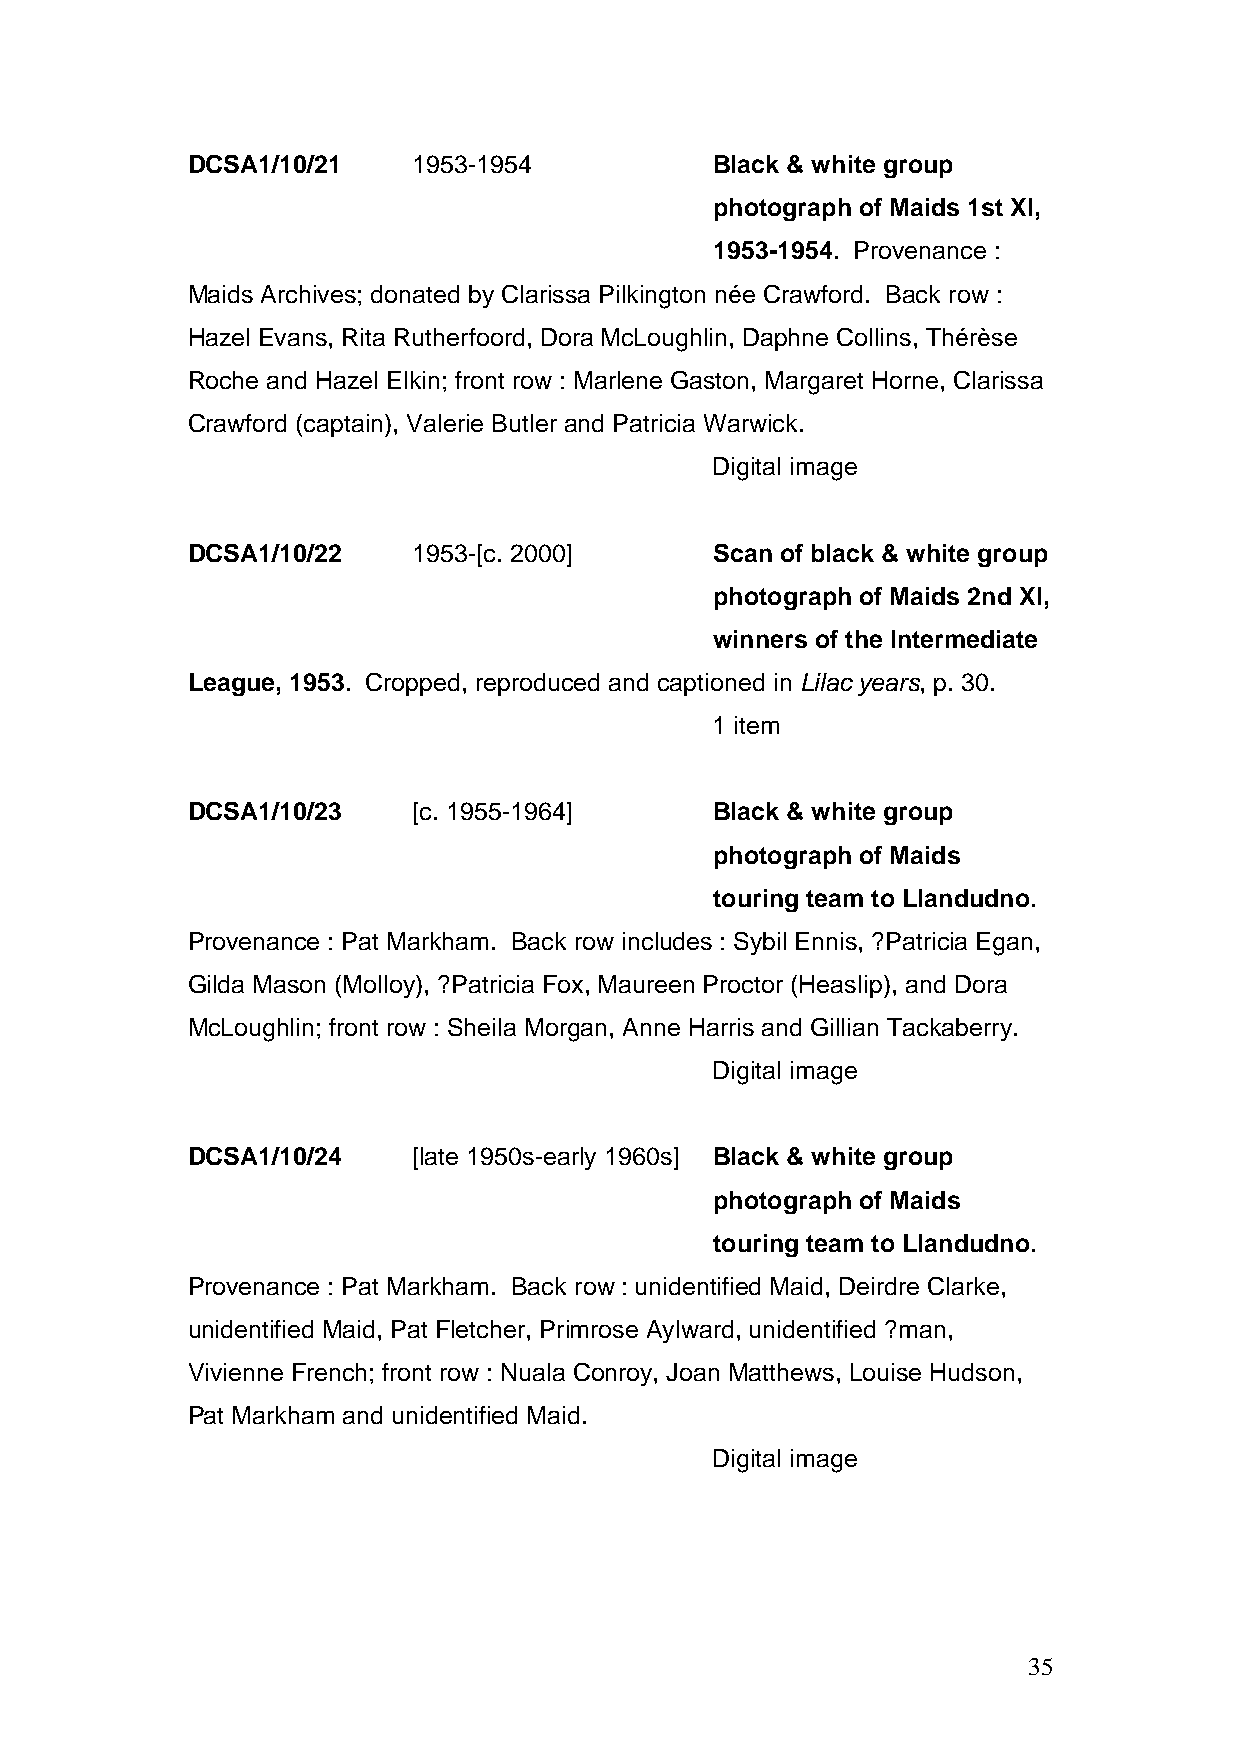
DCSA1/10/21    1953-1954           Black & white group
 photograph of Maids 1st XI,
 1953-1954. Provenance :
 Maids Archives; donated by Clarissa Pilkington née Crawford. Back row :
 Hazel Evans, Rita Rutherfoord, Dora McLoughlin, Daphne Collins, Thérèse
 Roche and Hazel Elkin; front row : Marlene Gaston, Margaret Horne, Clarissa
 Crawford (captain), Valerie Butler and Patricia Warwick.
 Digital image
 DCSA1/10/22    1953-[c. 2000]      Scan of black & white group
 photograph of Maids 2nd XI,
 winners of the Intermediate
 League, 1953. Cropped, reproduced and captioned in Lilac years, p. 30.
 1 item
 DCSA1/10/23    [c. 1955-1964]      Black & white group
 photograph of Maids
 touring team to Llandudno.
 Provenance : Pat Markham. Back row includes : Sybil Ennis, ?Patricia Egan,
 Gilda Mason (Molloy), ?Patricia Fox, Maureen Proctor (Heaslip), and Dora
 McLoughlin; front row : Sheila Morgan, Anne Harris and Gillian Tackaberry.
 Digital image
 DCSA1/10/24    [late 1950s-early 1960s] Black & white group
 photograph of Maids
 touring team to Llandudno.
 Provenance : Pat Markham. Back row : unidentified Maid, Deirdre Clarke,
 unidentified Maid, Pat Fletcher, Primrose Aylward, unidentified ?man,
 Vivienne French; front row : Nuala Conroy, Joan Matthews, Louise Hudson,
 Pat Markham and unidentified Maid.
 Digital image
 35